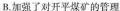
B.加强了对开平煤矿的管理